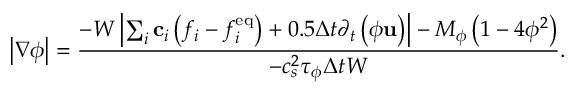
\left| { \nabla \phi } \right| = \frac { { - W \left| { \sum _ { i } { { { \bf { c } } _ { i } } \left( { { f _ { i } } - f _ { i } ^ { \mathrm { { e q } } } } \right) } + 0 . 5 \Delta t { \partial _ { t } } \left( { \phi { \bf { u } } } \right) } \right| - { M _ { \phi } } \left( { 1 - 4 { \phi ^ { 2 } } } \right) } } { { - c _ { s } ^ { 2 } { \tau _ { \phi } } \Delta t W } } .